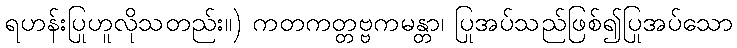
ရဟန်းပြုဟူလိုသတည်း။) ကတကတ္တဗ္ဗကမန္တာ၊ ပြုအပ်သည်ဖြစ်၍ပြုအပ်သော